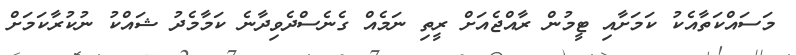
މަސައްކަތާއެކު ކަމަށާއި ޓީމުން ރާއްޖެއަށް ރީތި ނަމެއް ގެނެސްދެވިދާނެ ކަމާމެދު ޝައްކު ނުކުރާކަމަށް